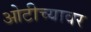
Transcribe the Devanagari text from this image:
ओटीच्यावर